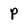
Character: P